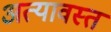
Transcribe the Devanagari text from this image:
अत्यावस्त